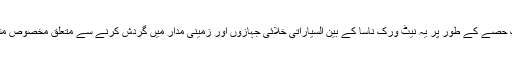
جیٹ پروپلشن لیبارٹری کے ایک حصے کے طور پر یہ نیٹ ورک ناسا کے بین السیاراتی خلائی جہازوں اور زمینی مدار میں گردش کرنے سے متعلق مخصوص مشنوں میں معاونت مہیا کرتا ہے۔